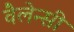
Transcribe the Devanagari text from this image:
वैलेन्सी